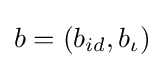
b=(b_{id},b_{\iota })